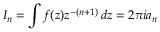
I _ { n } = \int f ( z ) z ^ { - ( n + 1 ) } \, d z = 2 \pi i a _ { n }